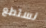
نستطع